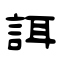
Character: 誀